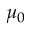
\mu _ { 0 }